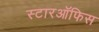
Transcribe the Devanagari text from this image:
स्टारऑफिस